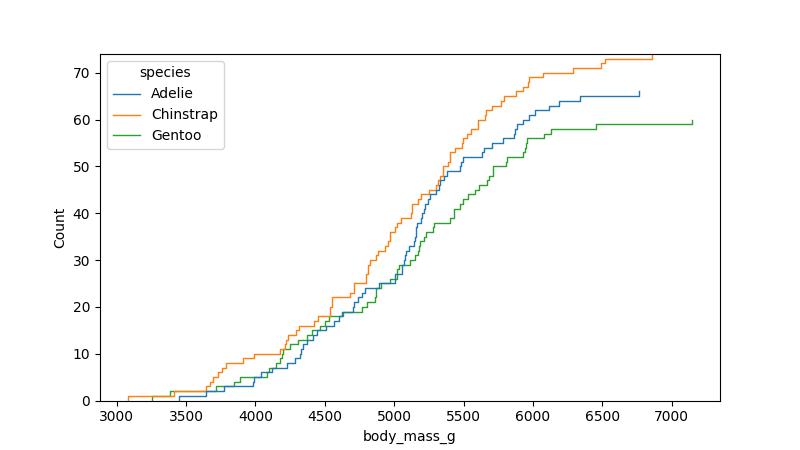
python, seaborn, ecdfplot, column='body_mass_g', hue='species', stat='count', linewidth=1.0